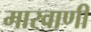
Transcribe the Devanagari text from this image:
मारवाणी